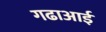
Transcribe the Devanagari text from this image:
गढाआई